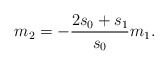
\begin{align*}m_2 = -\frac{2s_0+s_1}{s_0}m_1.\end{align*}